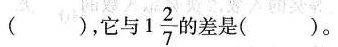
()，它与 1 \frac{2}{7} 的差是()。